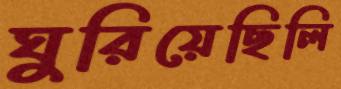
ঘুরিয়েছিলি